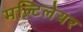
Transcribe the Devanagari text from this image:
मल्टिलेयर